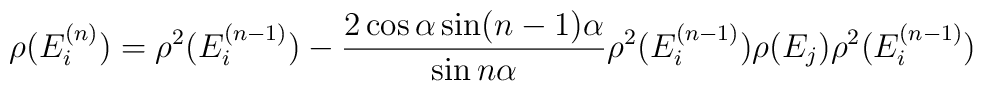
\rho (E_{i}^{(n)})=\rho ^{2}(E_{i}^{(n-1)})-\frac{2\cos \alpha \sin(n-1)\alpha }{\sin n\alpha }\rho ^{2}(E_{i}^{(n-1)})\rho (E_{j})\rho^{2}(E_{i}^{(n-1)})